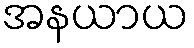
အနယာယ